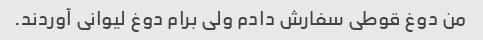
من دوغ قوطی سفارش دادم ولی برام دوغ لیوانی آوردند.